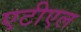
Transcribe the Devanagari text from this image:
एटीएल